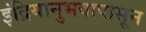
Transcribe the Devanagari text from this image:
इंद्रियानुभवापासून